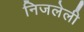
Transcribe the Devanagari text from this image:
निजलेली